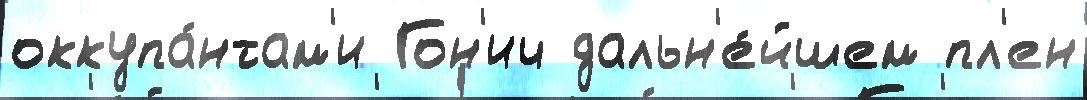
оккупа́нтам'и Гон'ич дальн'е́йшем пл'ен